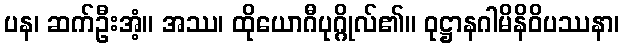
ပန၊ ဆက်ဦးအံ့။ အဿ၊ ထိုယောဂီပုဂ္ဂိုလ်၏။ ဝုဋ္ဌာနဂါမိနိဝိပဿနာ၊